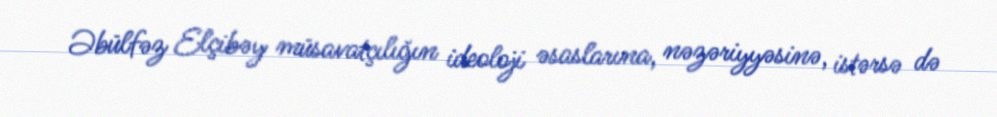
Əbülfəz Elçibəy müsavatçılığın ideoloji əsaslarına, nəzəriyyəsinə, istərsə də